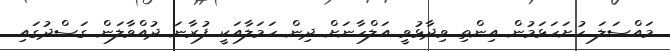
މައްސަލަ ހުށަހަޅަމުން އިންތި ވިދާޅުވީ އަލްހާނަށް ދިން ހަމަލާއަކީ ފުރާނަ ދުއްވާލަން ގަސްދުގައި